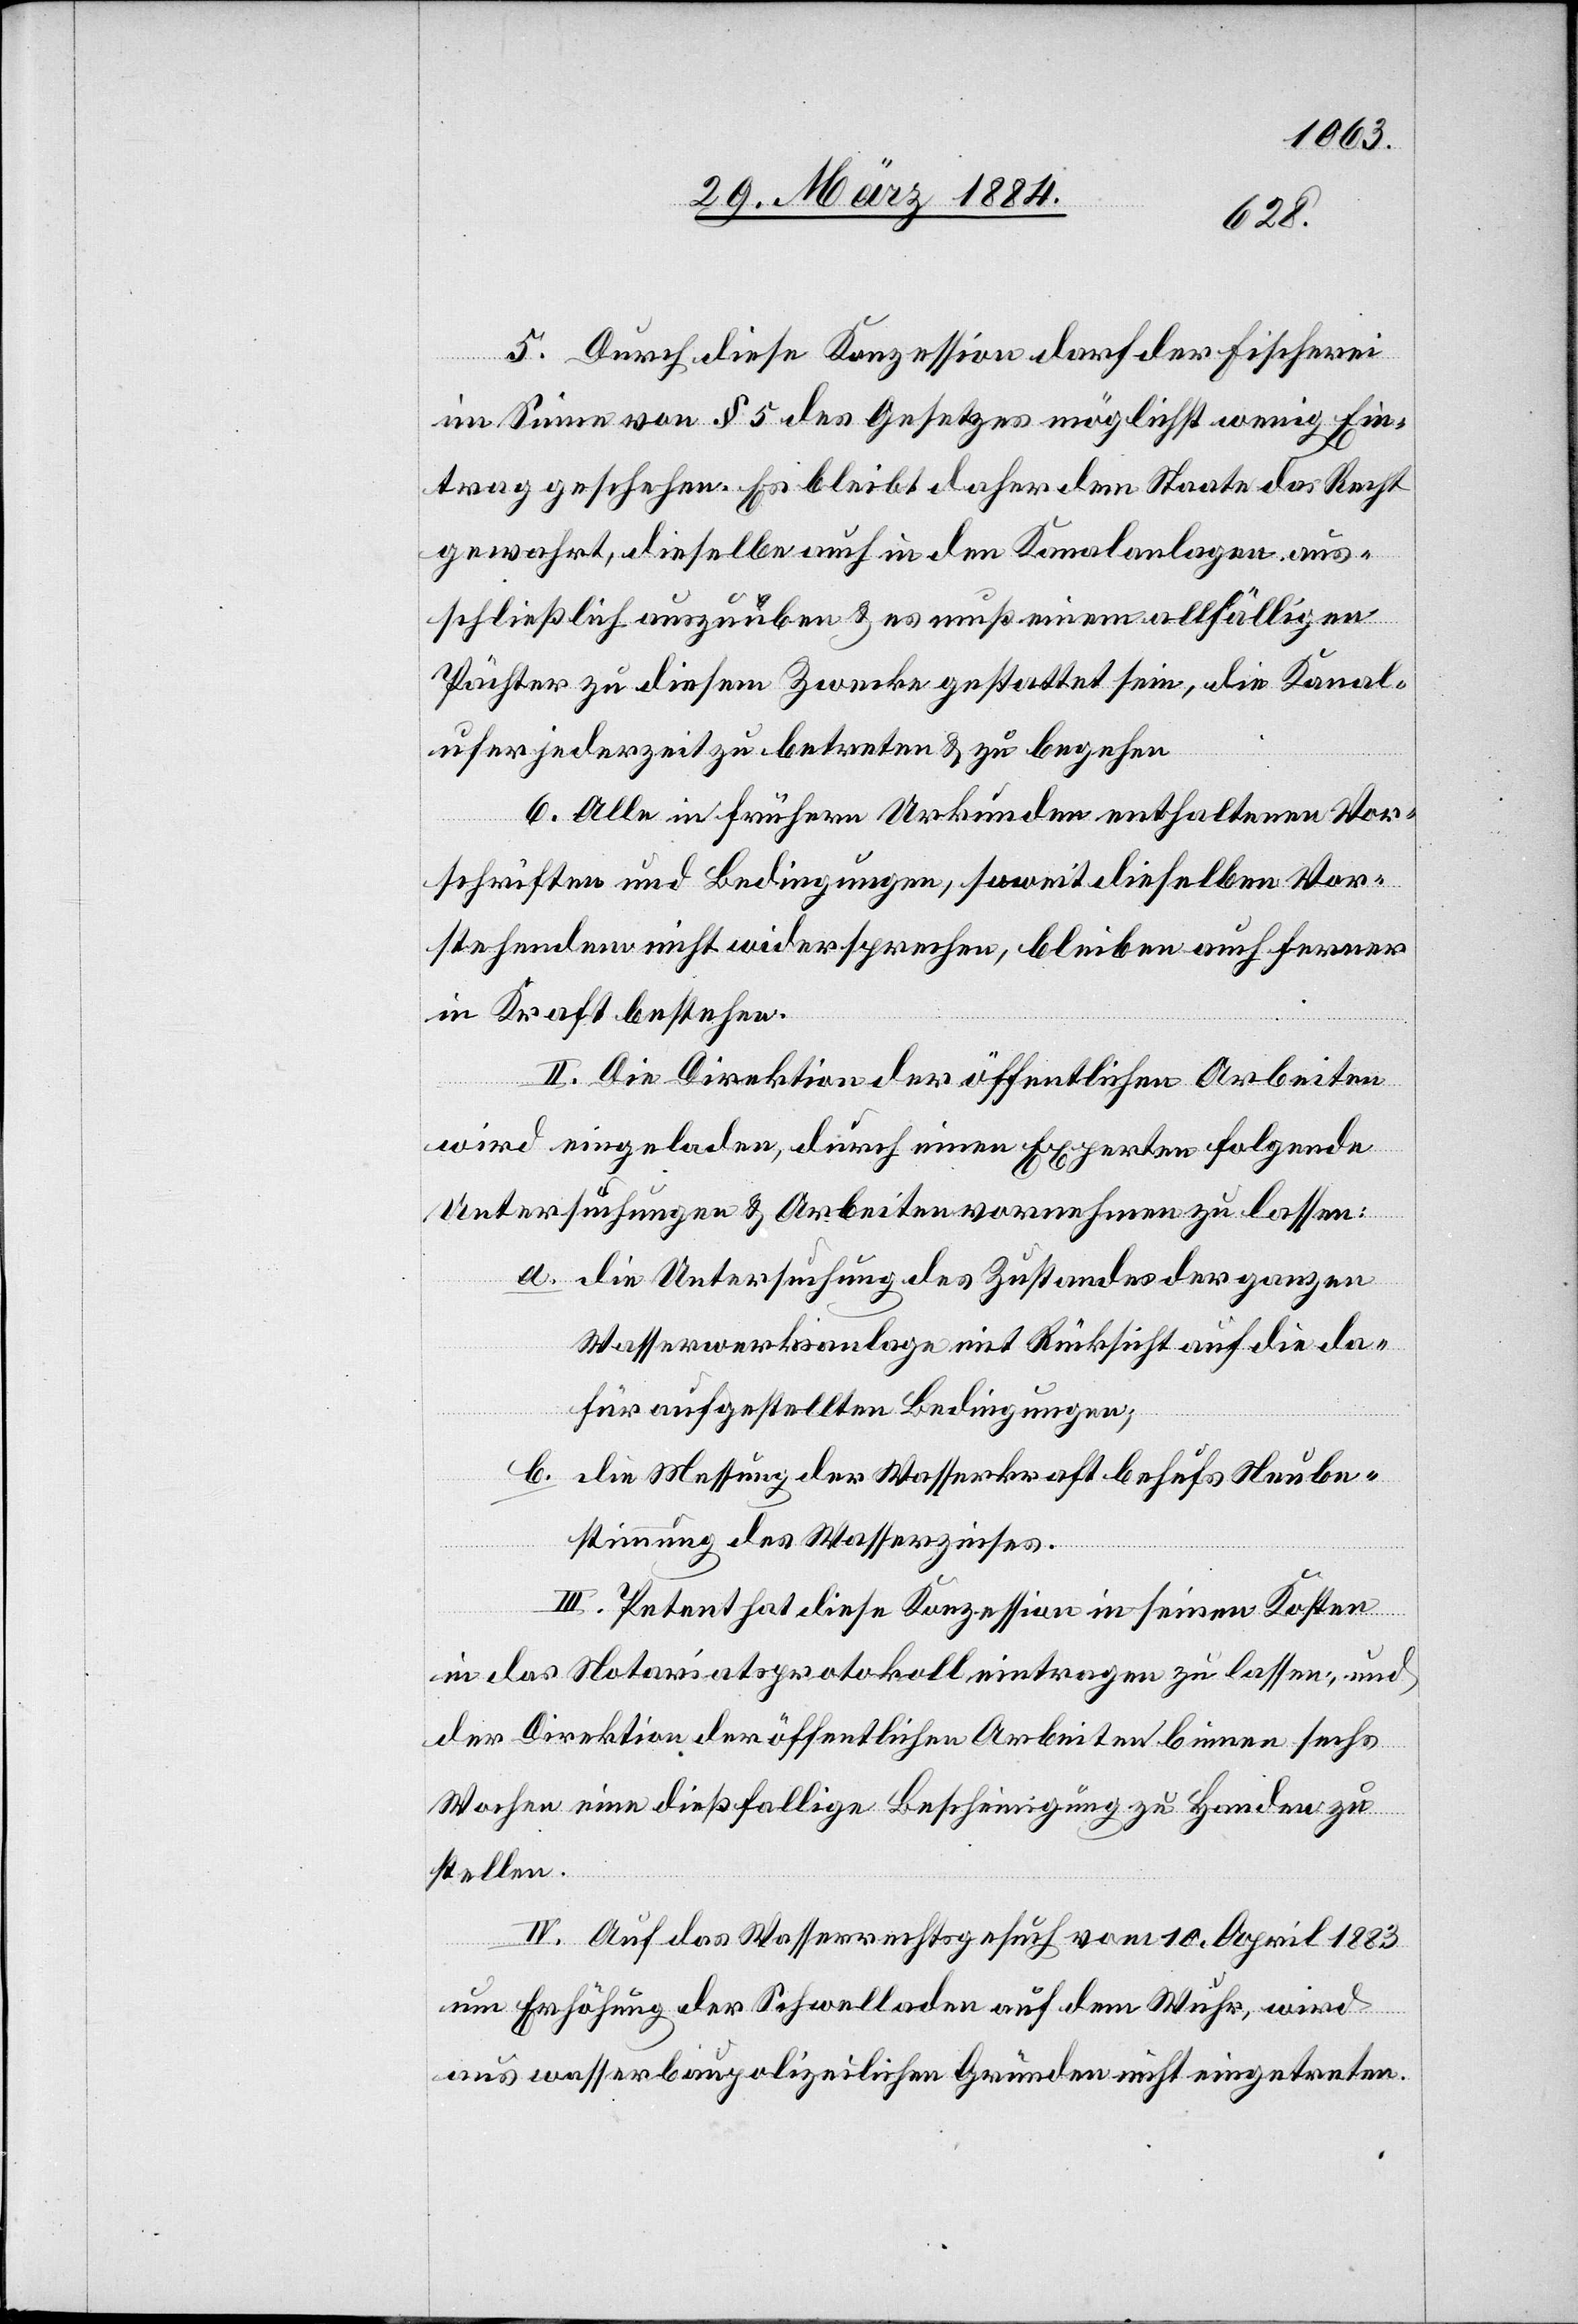
5. Durch diese Konzession darf der Fischerei
im Sinne von § 5 des Gesetzes möglichst wenig Ein¬
trag geschehen. Es bleibt daher dem Staate das Recht
gewahrt, dieselbe auch in den Kanalanlagen aus¬
schließlich auszuüben & es muß dem allfälligen
Pächter zu diesem Zwecke gestattet sein, die Kanal¬
ufer jederzeit zu betreten & zu begehen.
6. Alle in frühern Urkunden enthaltenen Vor¬
schriften und Bedingungen, soweit dieselben Vor¬
stehendem nicht widersprechen, bleiben auch ferner
in Kraft bestehen.
II. Die Direktion der öffentlichen Arbeiten
wird eingeladen, durch einen Experten folgende
Untersuchungen & Arbeiten vornehmen zu lassen:
a. die Untersuchung des Zustandes der ganzen
Wasserwerksanlage mit Rücksicht auf die da¬
für aufgestellten Bedingungen;
b. die Messung der Wasserkraft behufs Neube¬
stimmung des Wasserzinses.
III. Petent hat diese Konzession in seinen Kosten
in das Notariatsprotokoll eintragen zu lassen und
der Direktion der öffentlichen Arbeiten binnen sechs
Wochen eine dießfällige Bescheinigung zu Handen zu
stellen.
IV. Auf das Wasserrechtsgesuch vom 10. April 1883
um Erhöhung der Schwelladen auf dem Wuhr, wird
aus wasserbaupolizeilichen Gründen nicht eingetreten.